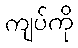
ကျပ်ကို